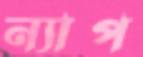
ন্যাপ